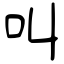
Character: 叫